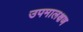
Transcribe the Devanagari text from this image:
उपमालक्षण